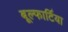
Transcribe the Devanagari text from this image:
बूल्फार्टिया